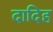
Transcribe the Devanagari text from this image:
दादिह